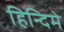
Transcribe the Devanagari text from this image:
हिन्दिमे